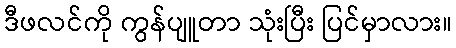
ဒီဖလင်ကို ကွန်ပျူတာ သုံးပြီး ပြင်မှာလား။